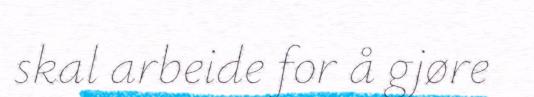
skal arbeide for å gjøre